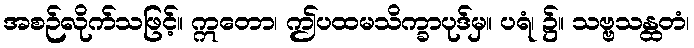
အစဉ်လိုက်သဖြင့်။ ဣတော၊ ဤပထမသိက္ခာပုဒ်မှ။ ပရံ၊ ၌။ သဗ္ဗသန္ထတံ၊